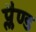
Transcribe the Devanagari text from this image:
प्लैण्ड